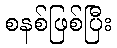
စနစ်ဖြစ်ပြီး